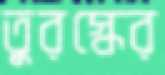
তুরস্কের